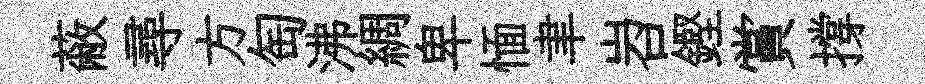
蔽尋方匋沸綢卑愐聿岧鏗賞撐